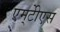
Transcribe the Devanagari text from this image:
एम्‌टीेएस